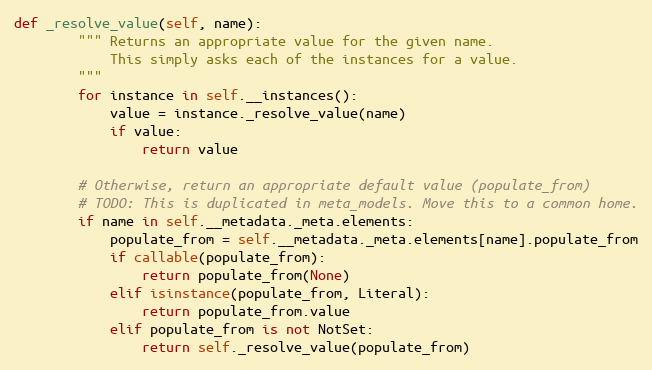
Language: Python
def _resolve_value(self, name):
        """ Returns an appropriate value for the given name.
            This simply asks each of the instances for a value.
        """
        for instance in self.__instances():
            value = instance._resolve_value(name)
            if value:
                return value

        # Otherwise, return an appropriate default value (populate_from)
        # TODO: This is duplicated in meta_models. Move this to a common home.
        if name in self.__metadata._meta.elements:
            populate_from = self.__metadata._meta.elements[name].populate_from
            if callable(populate_from):
                return populate_from(None)
            elif isinstance(populate_from, Literal):
                return populate_from.value
            elif populate_from is not NotSet:
                return self._resolve_value(populate_from)